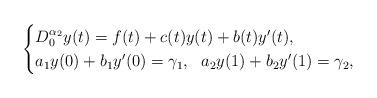
LaTeX: \begin{align*}\begin{cases}D_{0}^{\alpha_2}y(t) = f(t)+c(t)y(t)+b(t)y'(t), \\a_1y(0)+b_1y'(0) = \gamma_1,~~a_2y(1)+b_2y'(1) = \gamma_2,\end{cases}\end{align*}